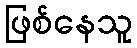
ဖြစ်နေသူ